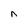
Character: n